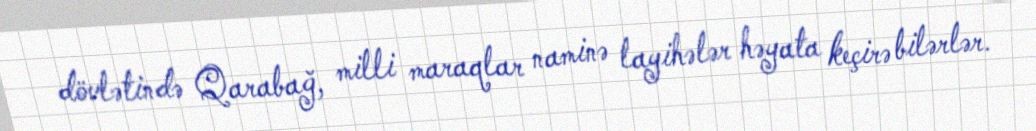
dövlətində Qarabağ, milli maraqlar naminə layihələr həyata keçirə bilərlər.